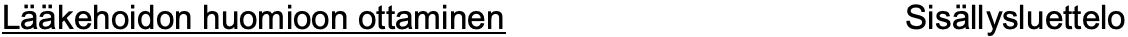
Lääkehoidon huomioon ottaminen Sisällysluettelo